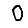
Digit: 0